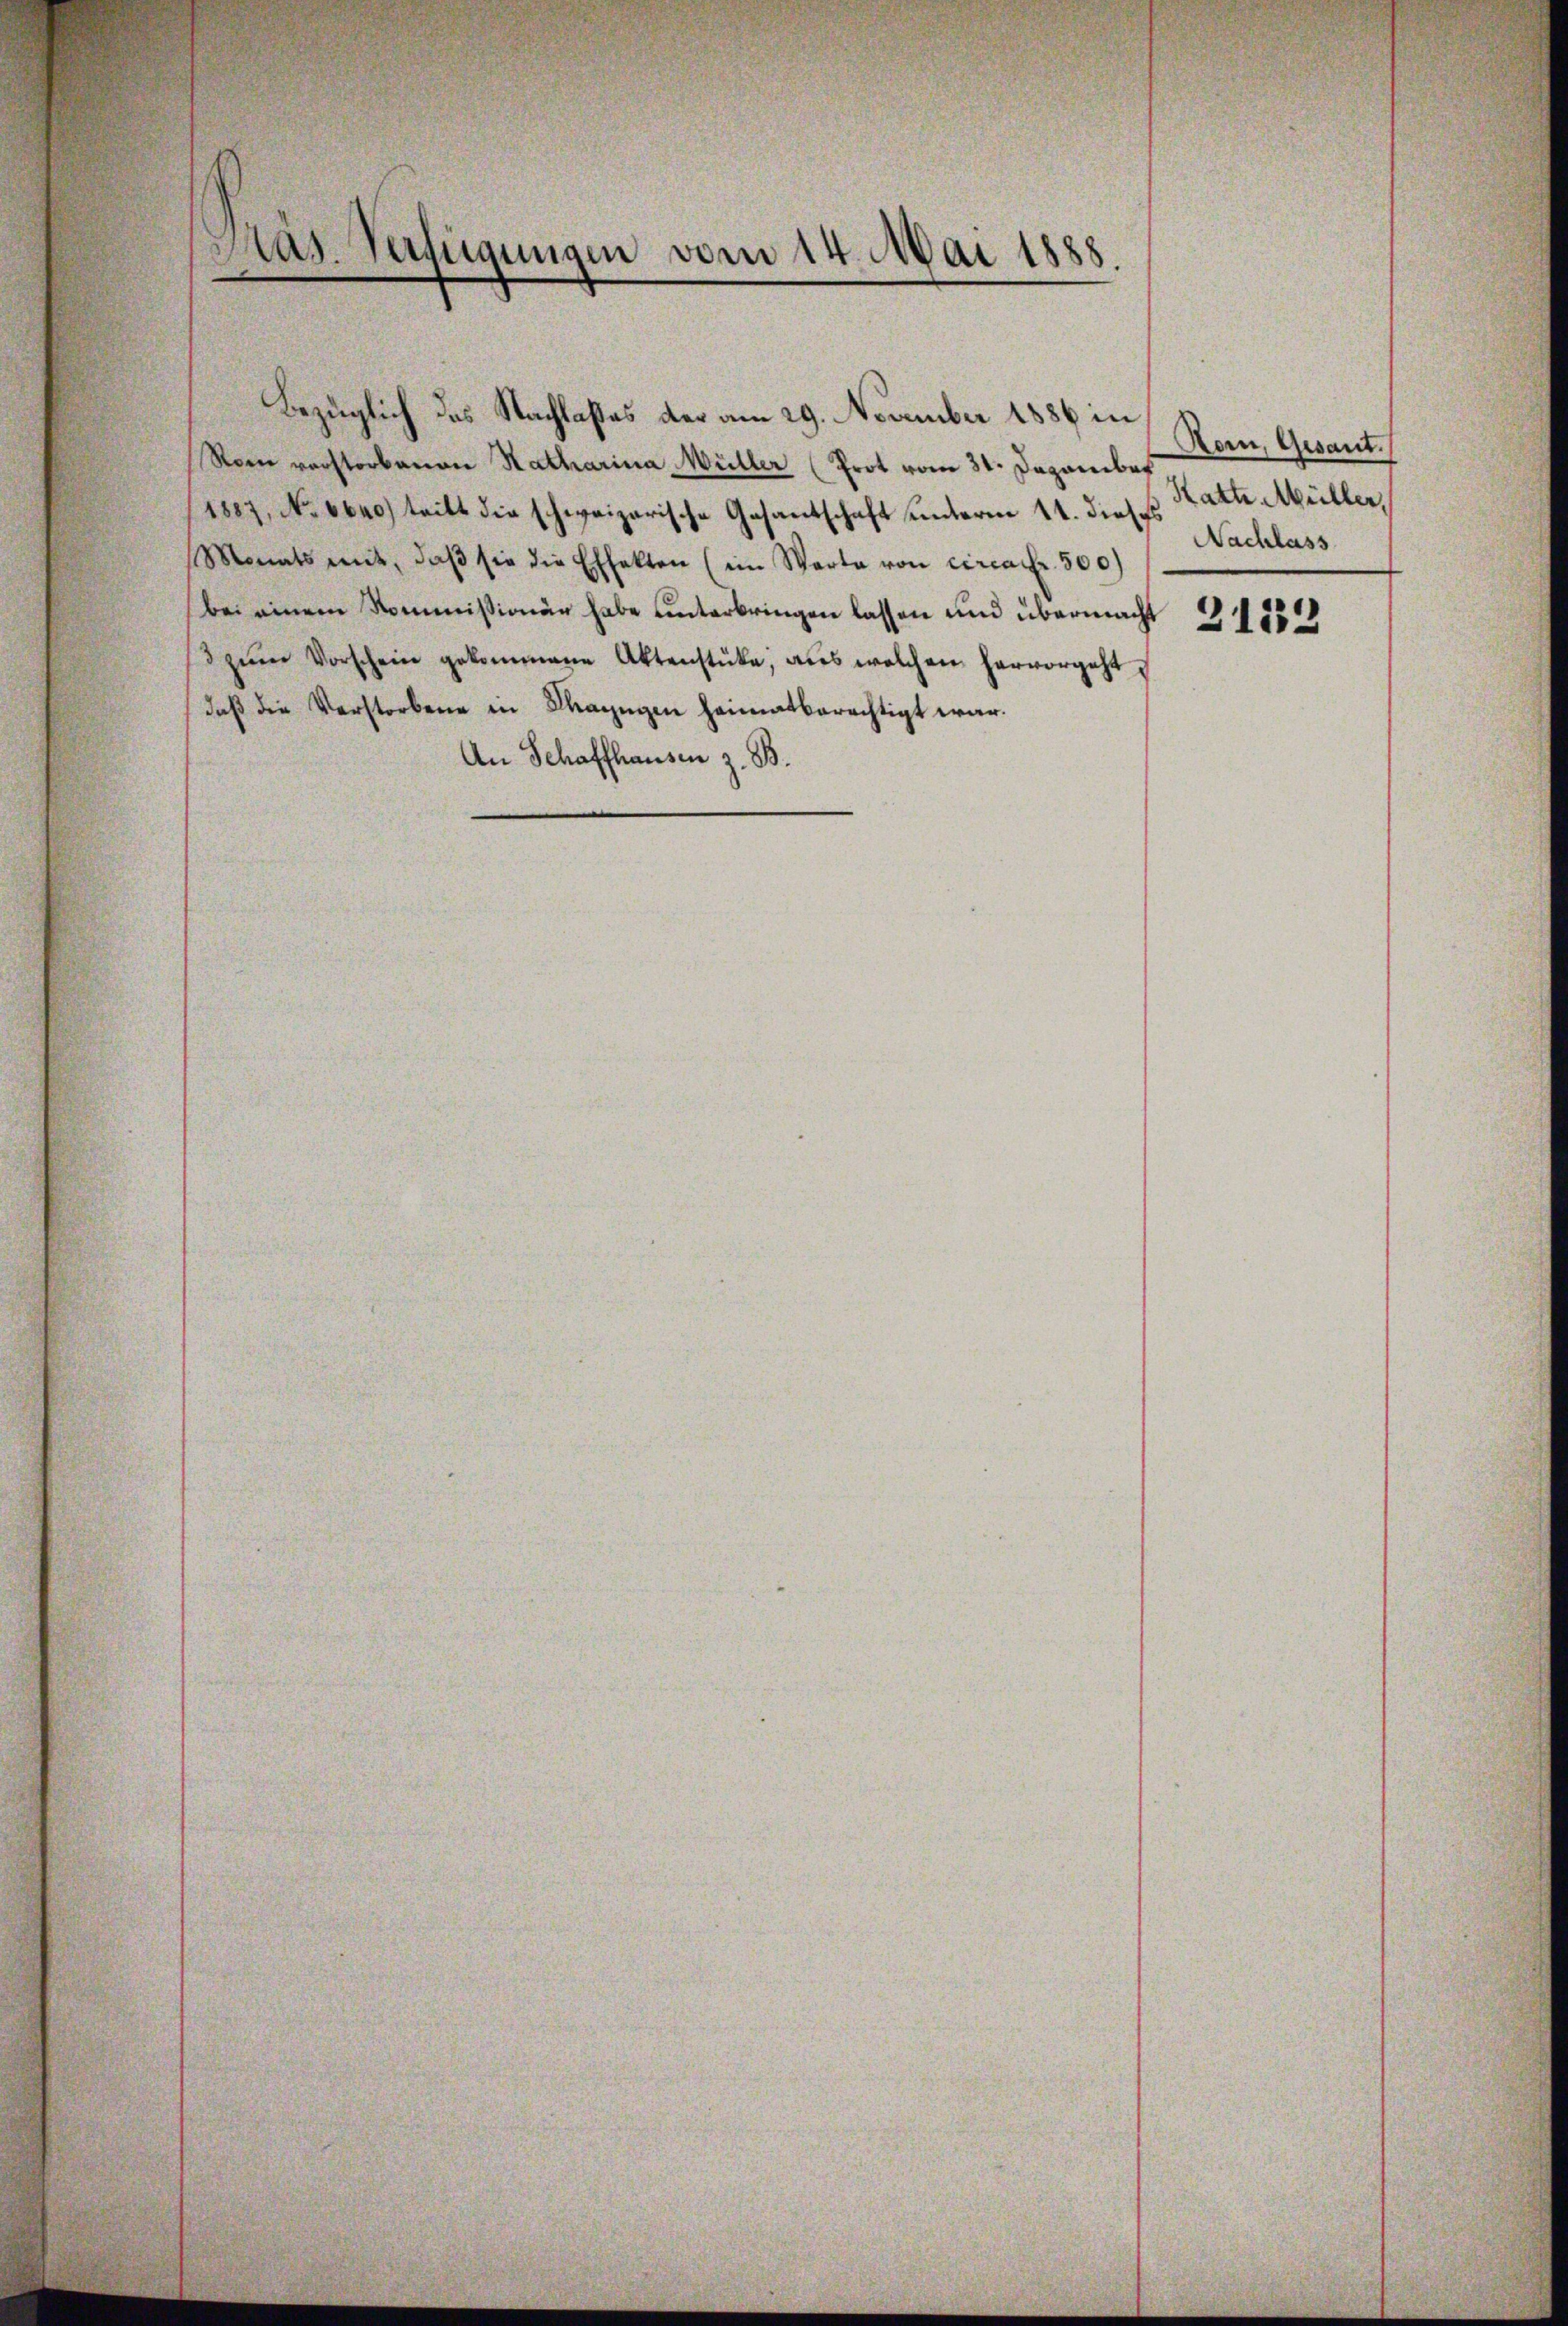
Pras. Verfügungen vom 14. Mai 1888.

Bezüglich des Nachlaßes der am 29. November 1886 in
Rom verstorbenen Natharina Müller (Prot vom 31. Dezember
1887, No 6640) tritt die schweizerische Gesantschaft unterm 11. dieses Kath. Müller,
Monats mit, daβ sie die Effekten (im Warta von circa fr. 500)
bei einem Kommissionär habe unterbringen lassen und übermacht
3 zŭm Vorschein gekommene Aktenstücke, aus welchen hervorgeht
daß die Verstorbene in Mangen heimatberechtigt war.
An Schaffhausen z. B.

Rom, Gesant.
Nachlass

2133